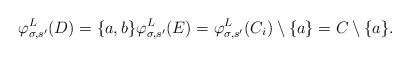
LaTeX: \begin{align*}\varphi^L_{\sigma, s'}(D) = \{a, b\} \varphi^L_{\sigma, s'}(E) = \varphi^L_{\sigma, s'}(C_i) \setminus \{a\} = C \setminus \{a\}.\end{align*}